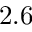
2 . 6